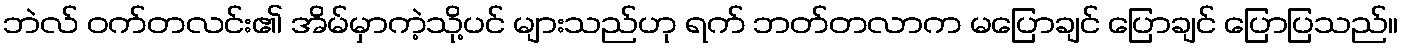
ဘဲလ် ဝက်တလင်း၏ အိမ်မှာကဲ့သို့ပင် များသည်ဟု ရက် ဘတ်တလာက မပြောချင် ပြောချင် ပြောပြသည်။